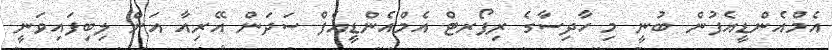
އެމްއެންޑީއެފުން ބުނީ މި ހާދިސާގެ ރިޕޯރޓް އެމްއެންޑީއެފް ސަދަން އޭރިއާ އަށް ލިބިފައިވަނީ